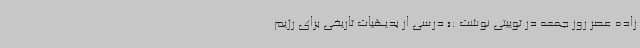
زاده عصر روز جمعه در توییتی نوشت :« درسی از بدیهیات تاریخی برای رژیم